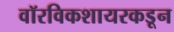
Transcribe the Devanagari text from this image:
वॉरविकशायरकडून